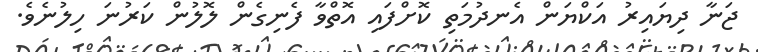
ޖަނާ ދިޔައިރު އަކްޔަން އެނދުމަތި ކޮށްފައި އޮތްވާ ފެނިގެން ލޮލުން ކަރުނަ ހިލުނެވެ.